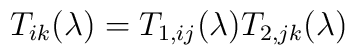
T_{ik}(\lambda)=T_{1,ij}(\lambda)T_{2,jk}(\lambda)